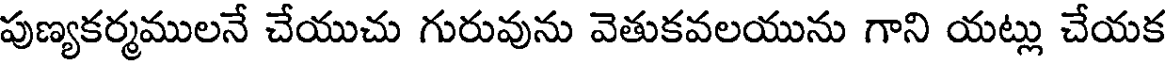
పుణ్యకర్మములనే చేయుచు గురువును వెతుకవలయును గాని యట్లు చేయక